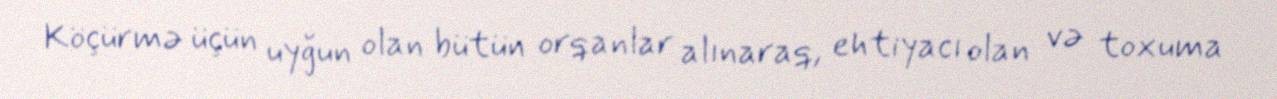
Köçürmə üçün uyğun olan bütün orqanlar alınaraq, ehtiyacı olan və toxuma